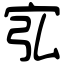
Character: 宖